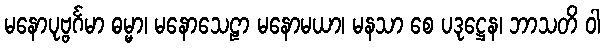
မနောပုဗ္ဗင်္ဂမာ ဓမ္မာ၊ မနောသေဠာ မနောမယာ၊ မနသာ စေ ပဒုဋ္ဌေန၊ ဘာသတိ ဝါ